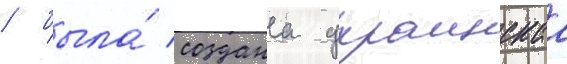
/ была́ создана украинскаа